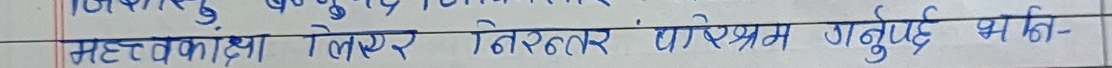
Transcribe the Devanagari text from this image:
महत्वकांक्षा लिएर निरन्तर परिश्रम गर्नुपर्दछ कि-